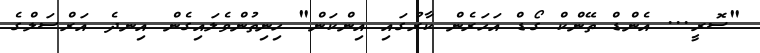
"ސޮރީ... އެންޑް ތޭންކް ގޯޑް އަހަރެން ކާރުގައި އިންކަން" ހިނިތުންވެލައިގެން އިނދެ އަރްސަލްގެ